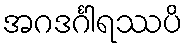
အဂဒင်္ဂါရဿပိ